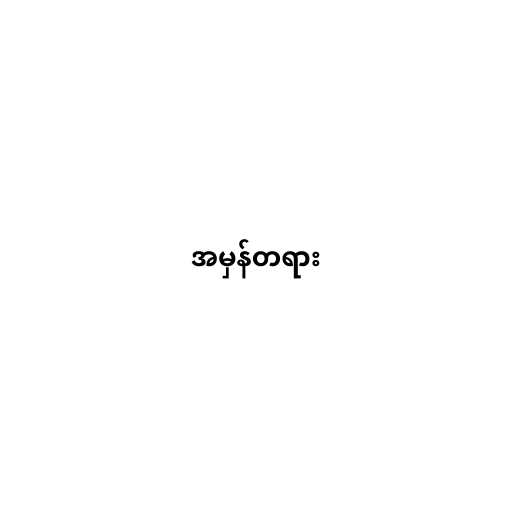
အမှန်တရား